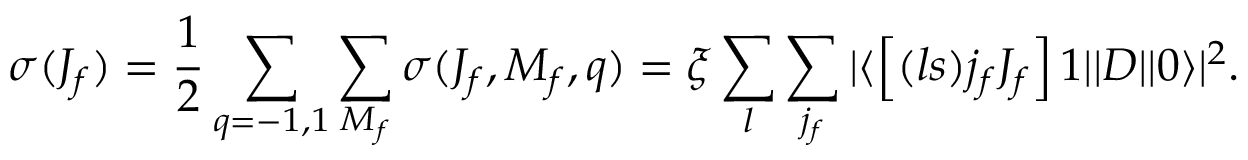
\sigma ( J _ { f } ) = \frac { 1 } { 2 } \sum _ { q = - 1 , 1 } \sum _ { M _ { f } } \sigma ( J _ { f } , M _ { f } , q ) = \xi \sum _ { l } \sum _ { j _ { f } } | \langle \left[ ( l s ) j _ { f } J _ { f } \right] 1 | | D | | 0 \rangle | ^ { 2 } .